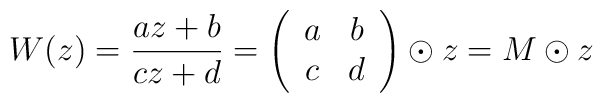
W(z)=\frac{az+b}{cz+d}=\left(\begin{array}{cc}a&b\\c&d\end{array}\right)\odot z=M \odot z